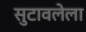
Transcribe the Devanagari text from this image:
सुटावलेला